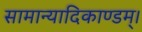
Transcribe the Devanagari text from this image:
सामान्यादिकाण्डम्।